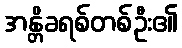
အန္တိခရစ်တစ်ဦး၏